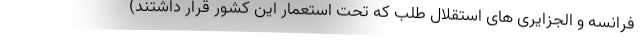
فرانسه و الجزایری های استقلال طلب که تحت استعمار این کشور قرار داشتند)